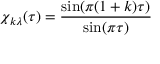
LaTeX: \chi _ { k \lambda } ( \tau ) = \frac { \sin ( \pi ( 1 + k ) \tau ) } { \sin ( \pi \tau ) }